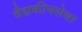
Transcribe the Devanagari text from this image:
वैद्यकीयसेवा